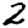
Digit: 2